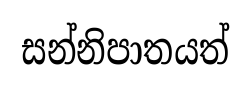
සන්නිපාතයත්